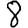
Digit: 8